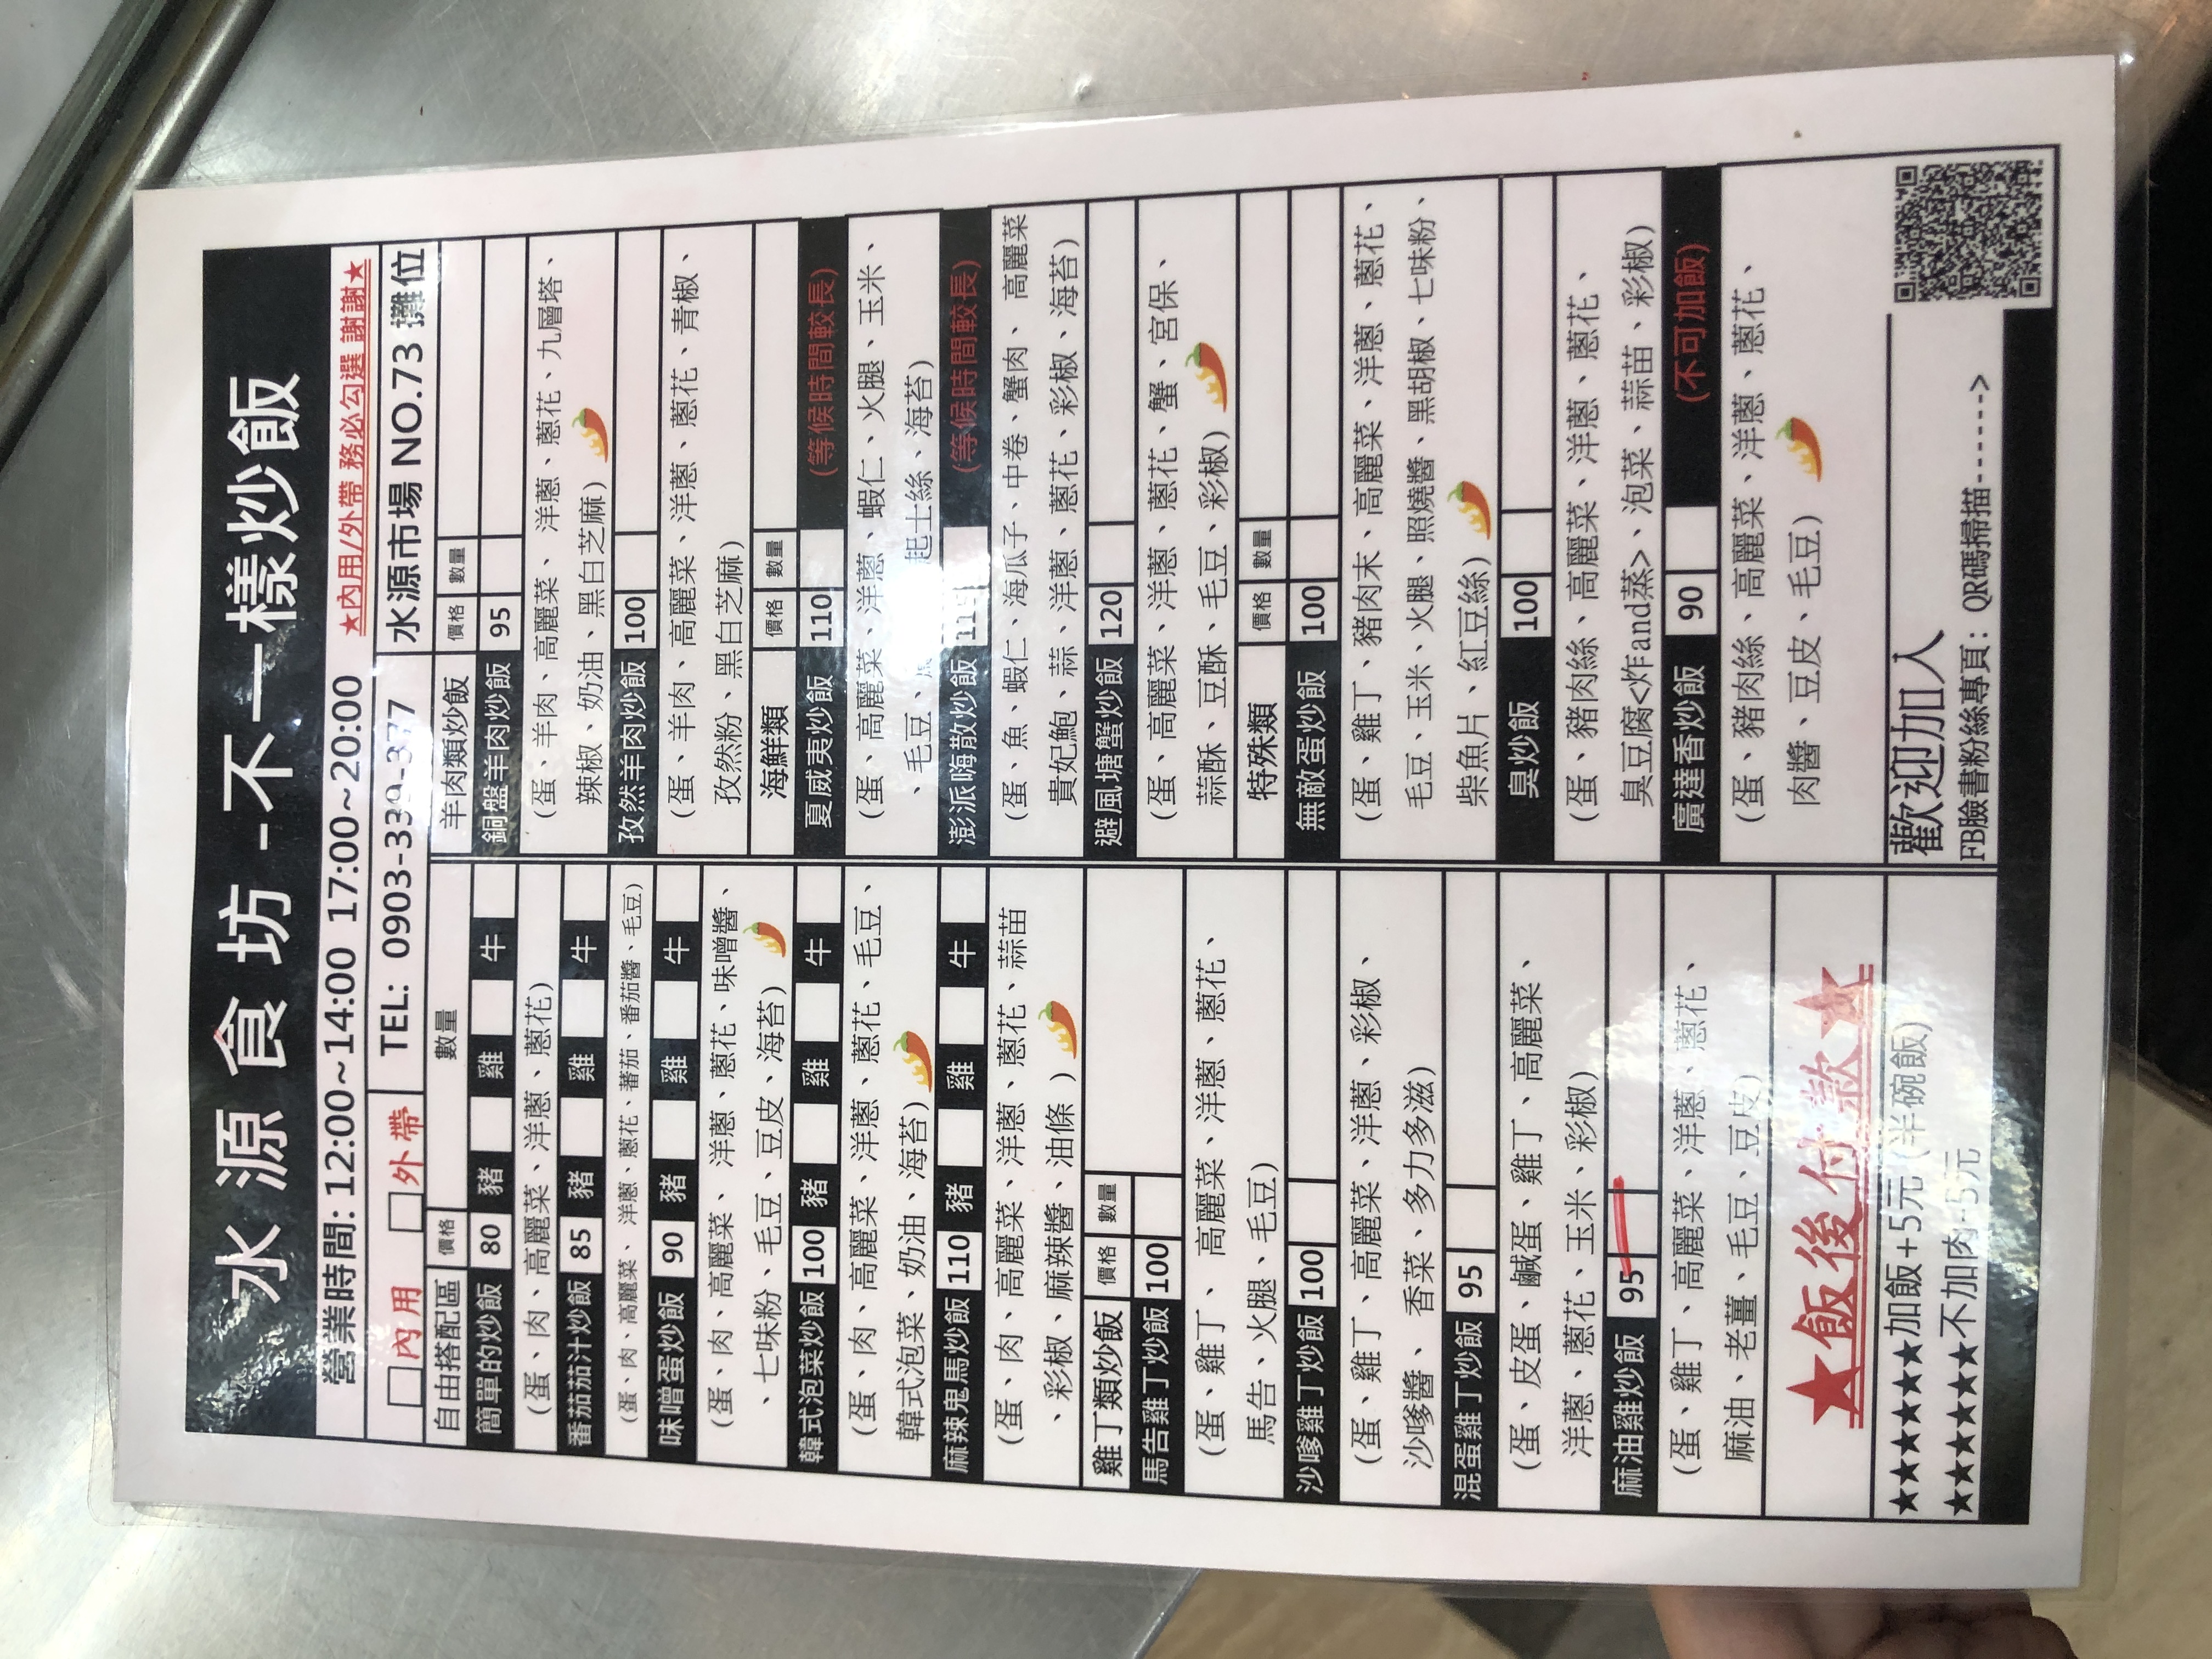
餐廳：水源食坊-不一樣炒飯
地址：水源市場NO.73攤位
電話：0903-339-377
營業時間：12:00~14:0017:00~20:00
菜單：
name: 簡單的炒飯
price: 80
name: 銅盤羊肉炒飯
price: 95
name: 番茄茄汁炒飯
price: 85
name: 味噌蛋炒飯
price: 90
name: 孜然羊肉炒飯
price: 100
name: 韓式泡菜炒飯
price: 100
name: 夏威夷炒飯
price: 110
name: 麻辣鬼馬炒飯
price: 110
name: 澎派嗨散炒飯
price: 110
name: 避風塘蟹炒飯
price: 120
name: 馬告雞丁炒飯
price: 100
name: 沙嗲雞丁炒飯
price: 100
name: 無敵蛋炒飯
price: 100
name: 混蛋雞丁炒飯
price: 95
name: 臭炒飯
price: 100
name: 麻油雞炒飯
price: 95
name: 廣達香炒飯
price: 90